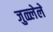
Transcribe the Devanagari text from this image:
जुळ्लेले